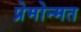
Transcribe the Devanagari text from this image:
प्रेमोन्मत